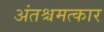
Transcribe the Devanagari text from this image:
अंतश्चमत्कार